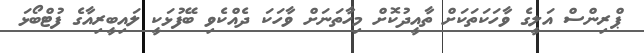
ޕްރިންސް އަލީގެ ވާހަކަތަކަށް ތާއީދުކޮށް މިހާތަނަށް ވާހަކަ ދެއްކެވި ބޭފުޅަކީ ލައިބީރިއާގެ ފުޓްބޯޅަ